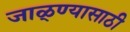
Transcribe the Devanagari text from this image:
जाळ्ण्यासाठी